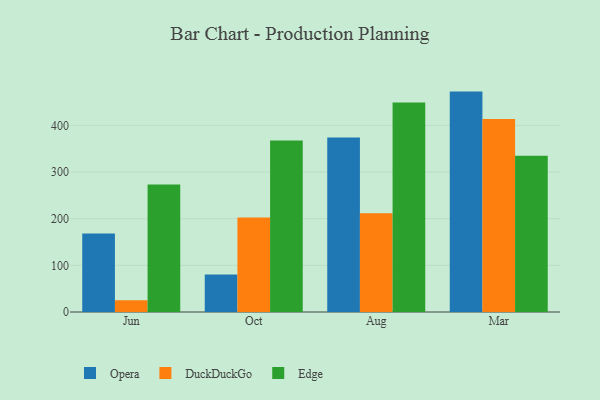
{"axis": {"x": "Month", "y": "Headcount"}, "legend": ["DuckDuckGo", "Edge", "Opera"], "data": [{"x": "Jun", "y": 168.5, "type": "Opera"}, {"x": "Jun", "y": 25.2, "type": "DuckDuckGo"}, {"x": "Jun", "y": 273.4, "type": "Edge"}, {"x": "Oct", "y": 80.6, "type": "Opera"}, {"x": "Oct", "y": 202.6, "type": "DuckDuckGo"}, {"x": "Oct", "y": 367.6, "type": "Edge"}, {"x": "Aug", "y": 373.9, "type": "Opera"}, {"x": "Aug", "y": 211.7, "type": "DuckDuckGo"}, {"x": "Aug", "y": 449.4, "type": "Edge"}, {"x": "Mar", "y": 472.5, "type": "Opera"}, {"x": "Mar", "y": 413.8, "type": "DuckDuckGo"}, {"x": "Mar", "y": 334.9, "type": "Edge"}]}